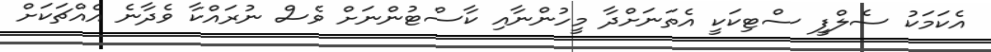
އެކަމަކު ސެލްފީ ސްޓިކަކީ އެތަނަށްދާ މީހުންނާއި ކާސްޓުންނަށް ވެސް ނުރައްކާ ވެދާނެ އެއްޗަކަށް